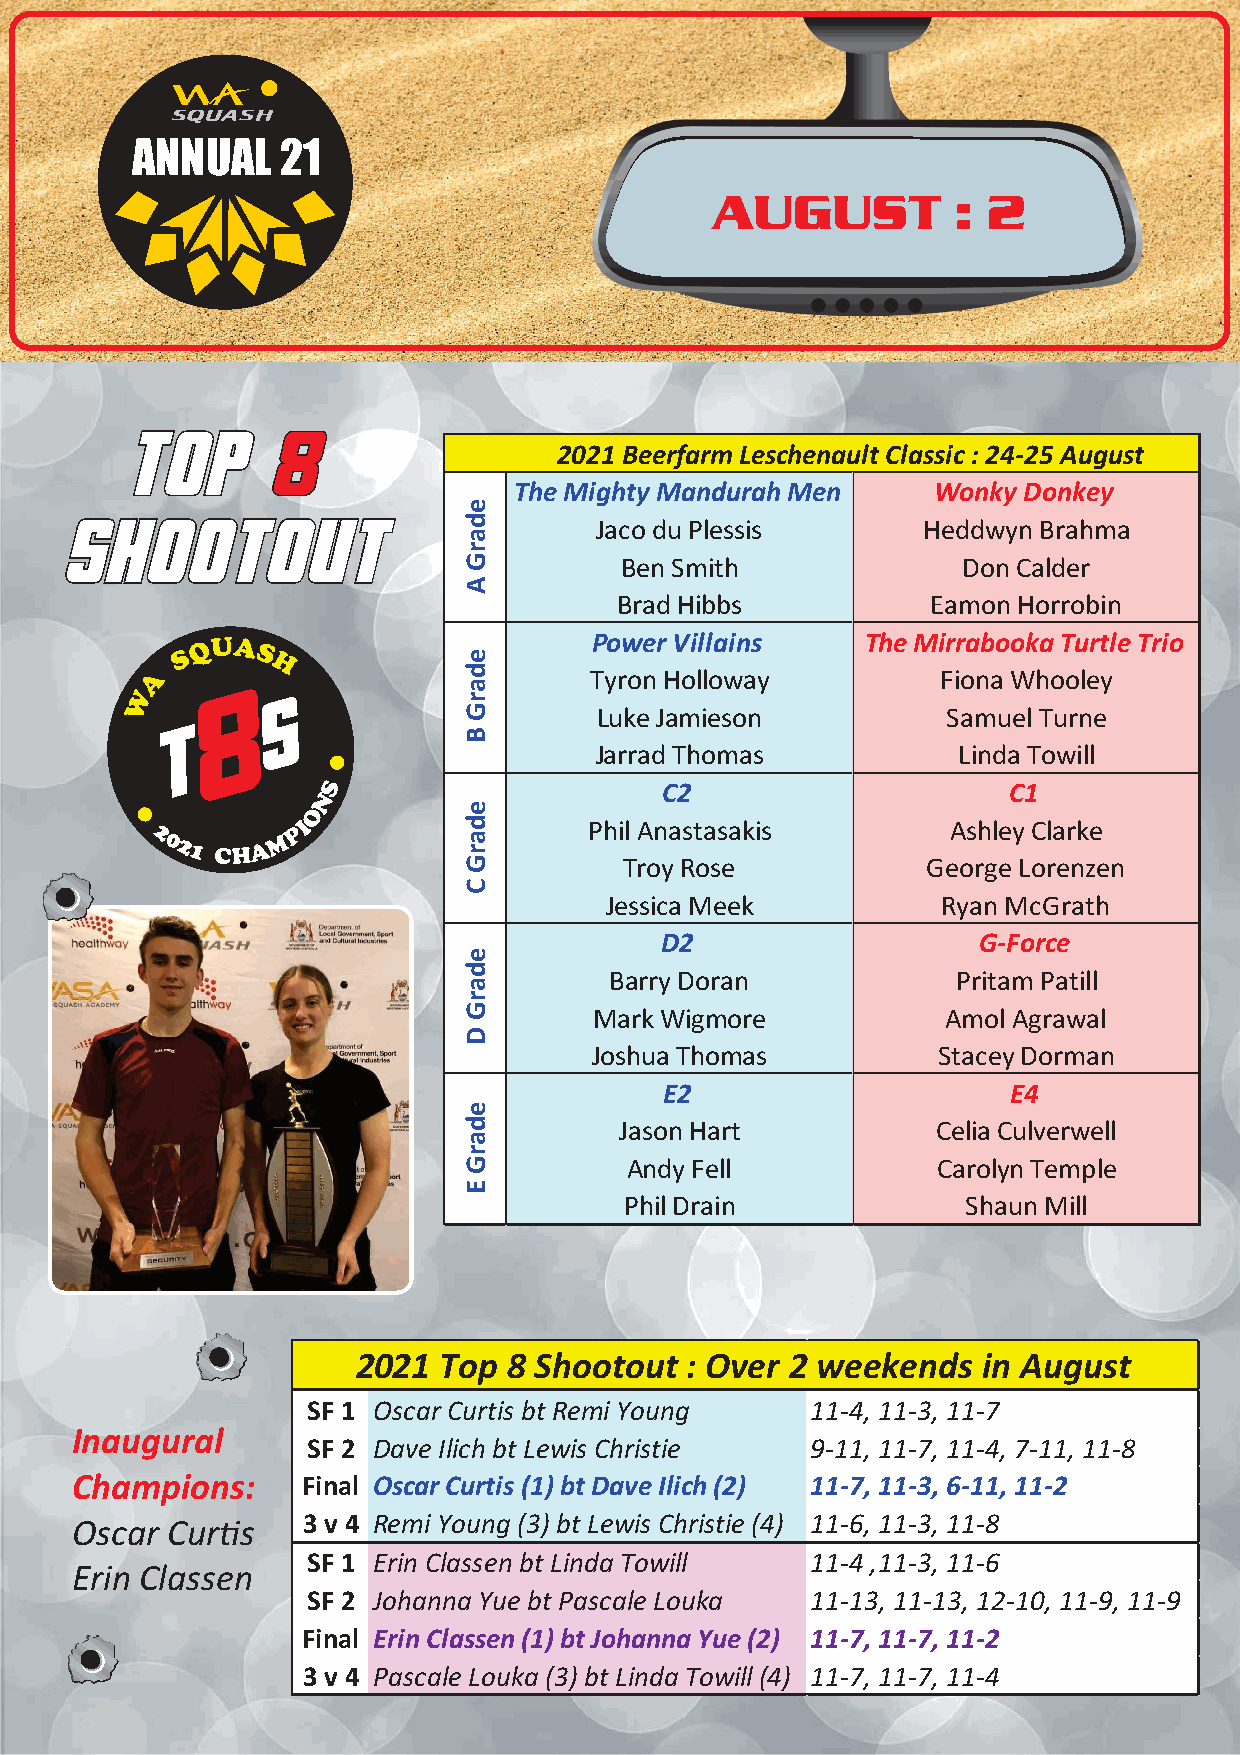
ANNUAL    21
 AUGUST          : 2
 TOP       8
 2021 BeerfarmLeschenault Classic:24-25 August
 TheMighty MandurahMen       Wonky Donkey
 SHOOTOUT                   e
 d       JacoduPlessis         HeddwynBrahma
 a
 r
 G         BenSmith               DonCalder
 A
 BradHibbs            EamonHorrobin
 Q UA                      PowerVillains     TheMirrabookaTurtleTrio
 S    S             e
 A  8    H            d       TyronHolloway          FionaWhooley
 S             a
 W                     r
 G       LukeJamieson            SamuelTurne
 B
 JarradThomas            LindaTowill
 C2                     C1
 e
 d       PhilAnastasakis         AshleyClarke
 a
 r
 G         TroyRose            GeorgeLorenzen
 C
 JessicaMeek           RyanMcGrath
 D2                   G-Force
 e
 d        BarryDoran             PritamPatill
 a
 r
 G       MarkWigmore             AmolAgrawal
 D
 JoshuaThomas           StaceyDorman
 E2                     E4
 e
 d         JasonHart            CeliaCulverwell
 a
 r
 G         AndyFell             CarolynTemple
 E
 PhilDrain              ShaunMill
 2021 Top  8 Shootout : Over 2 weekends   in August
 SF 1 Oscar Curtis bt RemiYoung    11-4, 11-3, 11-7
 Inaugural
 SF 2 Dave Ilich bt Lewis Christie 9-11, 11-7, 11-4, 7-11, 11-8
 Champions:     Final OscarCurtis(1)bt DaveIlich(2) 11-7, 11-3, 6-11, 11-2
 Oscar Cur"s    3 v 4 RemiYoung (3) bt Lewis Christie (4) 11-6, 11-3, 11-8
 SF 1 Erin Classen bt Linda Towill 11-4 ,11-3, 11-6
 Erin Classen
 SF 2 Johanna Yue bt Pascale Louka 11-13, 11-13, 12-10, 11-9, 11-9
 Final ErinClassen(1)bt JohannaYue(2) 11-7, 11-7, 11-2
 3 v 4 Pascale Louka (3) bt Linda Towill(4) 11-7, 11-7, 11-4